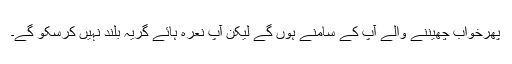
پھرخواب چھیننے والے آپ کے سامنے ہوں گے لیکن آپ نعرہ ہائے گریہ بلند نہیں کرسکو گے۔